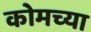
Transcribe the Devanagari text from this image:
कोमच्या